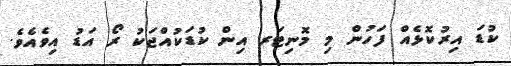
ކުޑަ އިރުކޮޅެއް ފަހުން މި މޮނިޓަރ އިން ކުޑަކުއްޖަކު ރޯ އަޑު އިވެއެވެ.